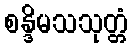
စန္ဒိမသသုတ္တံ